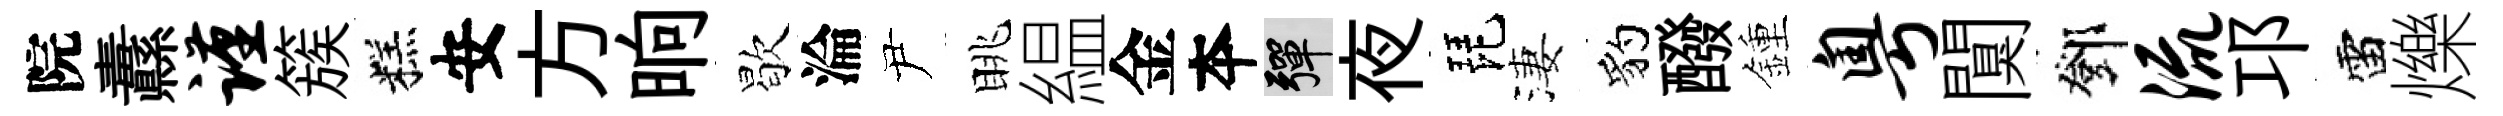
院纛谨簇糕安方晌歇淪尹眺緼金夲彈夜琵淒豹醱鍾粤闃鄧流邛雷爍